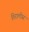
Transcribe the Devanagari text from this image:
तिरालीस